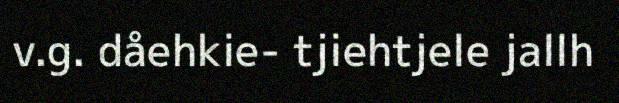
v.g. dåehkie- tjiehtjele jallh